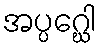
အပ္ပဂ္ဃေါ